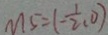
M 5 = ( - \frac { 1 } { 2 } , 0 )